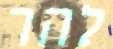
להר